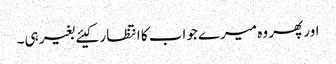
اور پھر وہ میرے جواب کا انتظا ر کیئے بغیر ہی۔